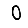
Digit: 0